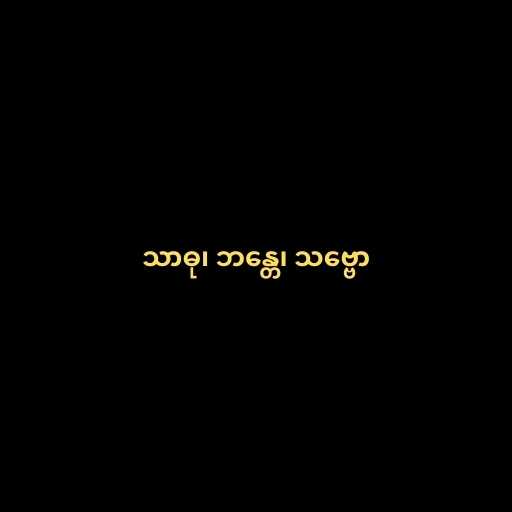
သာဓု၊ ဘန္တေ၊ သဗ္ဗော